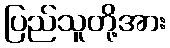
ပြည်သူတို့အား